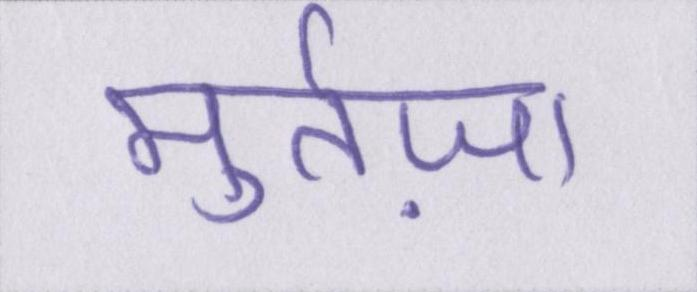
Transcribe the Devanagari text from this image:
मुर्तज़ा